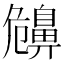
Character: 𪖤